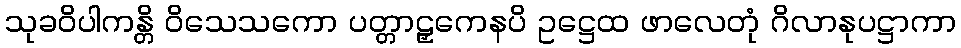
သုခဝိပါကန္တိ ဝိသေသကော ပတ္တာဠှကေနပိ ဥဋ္ဌေထ ဖာလေတုံ ဂိလာနုပဋ္ဌာကာ